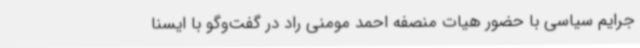
جرایم سیاسی با حضور هیات منصفه احمد مومنی راد در گفت‌وگو با ایسنا